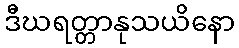
ဒီဃရတ္တာနုသယိနော